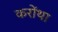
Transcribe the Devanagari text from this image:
करोंथा